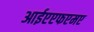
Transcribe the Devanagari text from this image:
आईएएफएमए